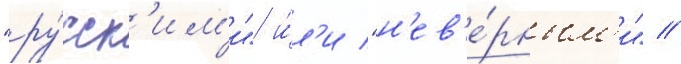
"ру́сск'им'и" и́л'и "н'ев'е́рным'и" //